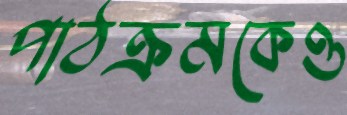
পাঠক্রমকেও